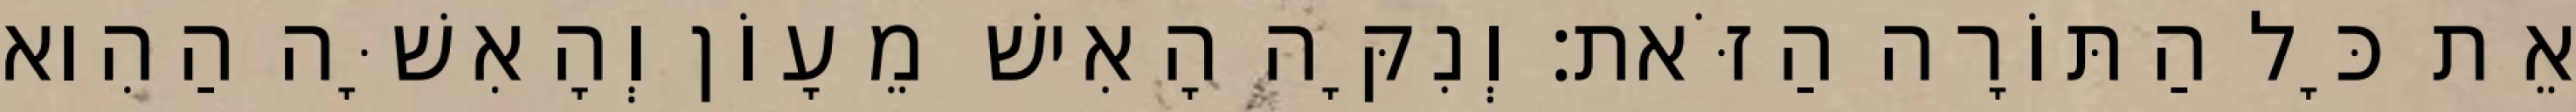
אֵת כָּל הַתּוֹרָה הַזֹּאת׃ וְנִקָּה הָאִישׁ מֵעָוֹן וְהָאִשָּׁה הַהִוא